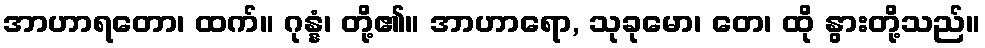
အာဟာရတော၊ ထက်။ ဂုန္နံ၊ တို့၏။ အာဟာရော, သုခုမော၊ တေ၊ ထို နွားတို့သည်။